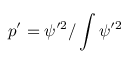
p ^ { \prime } = \psi ^ { \prime 2 } / \int \psi ^ { \prime 2 }